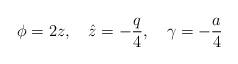
LaTeX: \begin{align*}\phi = 2z,~~~\hat{z} = - \frac{q}{4},~~~\gamma = - \frac{a}{4}\end{align*}